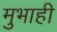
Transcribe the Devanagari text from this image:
मुभाही